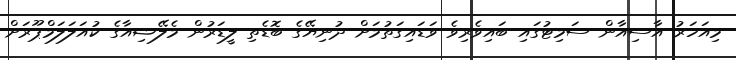
މިއަހަރު އާސިއާން ސަމިޓުގައި ބައިވެރިވެ ވަޑައިގަތުމަށް ދުނިޔޭގެ ބޮޑެތި ލީޑަރުން މެލޭޝިއާގެ ކުއަލަލަމްޕޫރަށް